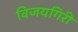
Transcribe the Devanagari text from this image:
विजयगिरी